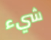
شيء